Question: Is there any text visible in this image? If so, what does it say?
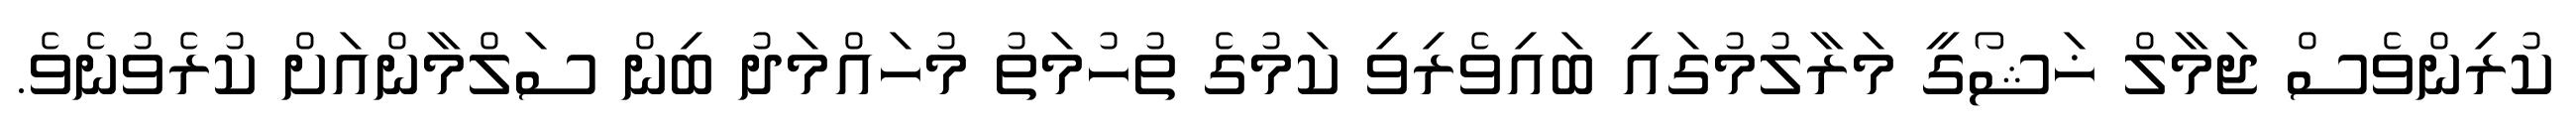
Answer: ކުރިންވެސް ޖަމާލް ޚަޝޯގީ މަރާލުމުގައި ބައިވެރިވި ކަމުގެ ތުހުމަތު މުހައްމަދު ބިން ސަލްމާންއަށް ކުރެވުނެވެ.